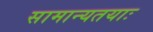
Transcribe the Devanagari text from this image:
सामान्यतयाः